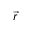
\vec { r }